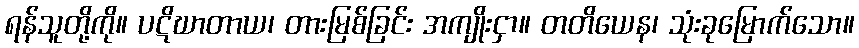
ရန်သူတို့ကို။ ပဋိဃာတာယ၊ တားမြစ်ခြင်း အကျိုးငှာ။ တတိယေန၊ သုံးခုမြောက်သော။